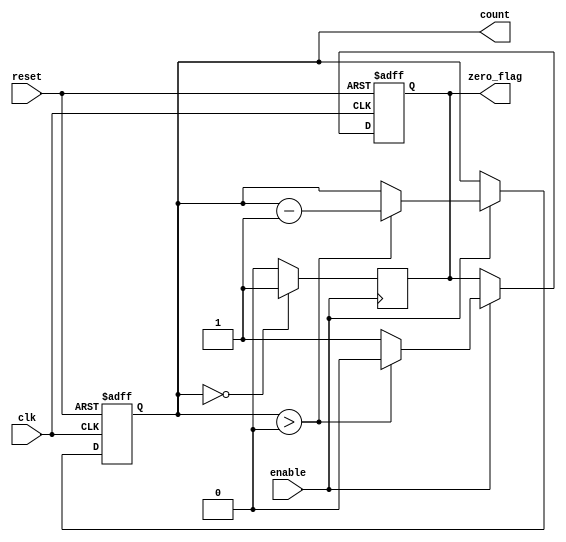
module MemoryBlocksDownCounter (
    input wire clk,          // Clock input
    input wire reset,        // Asynchronous reset input
    input wire enable,       // Enable signal for counting
    output reg [3:0] count,  // Current count value (4 bits)
    output reg zero_flag     // Zero flag output
);

    // Initial value for the counter
    parameter INITIAL_VALUE = 4'b1111; // Starting from 15

    // Always block for synchronous counting
    always @(posedge clk or posedge reset) begin
        if (reset) begin
            // Reset the counter to the initial value
            count <= INITIAL_VALUE;
            zero_flag <= 1'b0; // Reset zero flag
        end else if (enable) begin
            if (count > 0) begin
                // Decrement the counter
                count <= count - 1;
                zero_flag <= 1'b0; // Clear zero flag
            end else begin
                // If count reaches zero, set zero flag
                zero_flag <= 1'b1;
            end
        end
    end

    // Hold the current count value when enable is low
    always @(negedge enable) begin
        if (!enable) begin
            zero_flag <= (count == 0) ? 1'b1 : 1'b0; // Update zero flag based on current count
        end
    end

endmodule